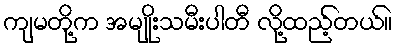
ကျမတို့က အမျိုးသမီးပါတီ လို့ထည့်တယ်။